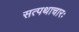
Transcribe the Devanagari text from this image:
सत्पथाचारः